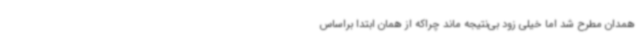
همدان مطرح شد اما خیلی زود بی‌نتیجه ماند چراکه از همان ابتدا براساس